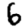
Digit: 6